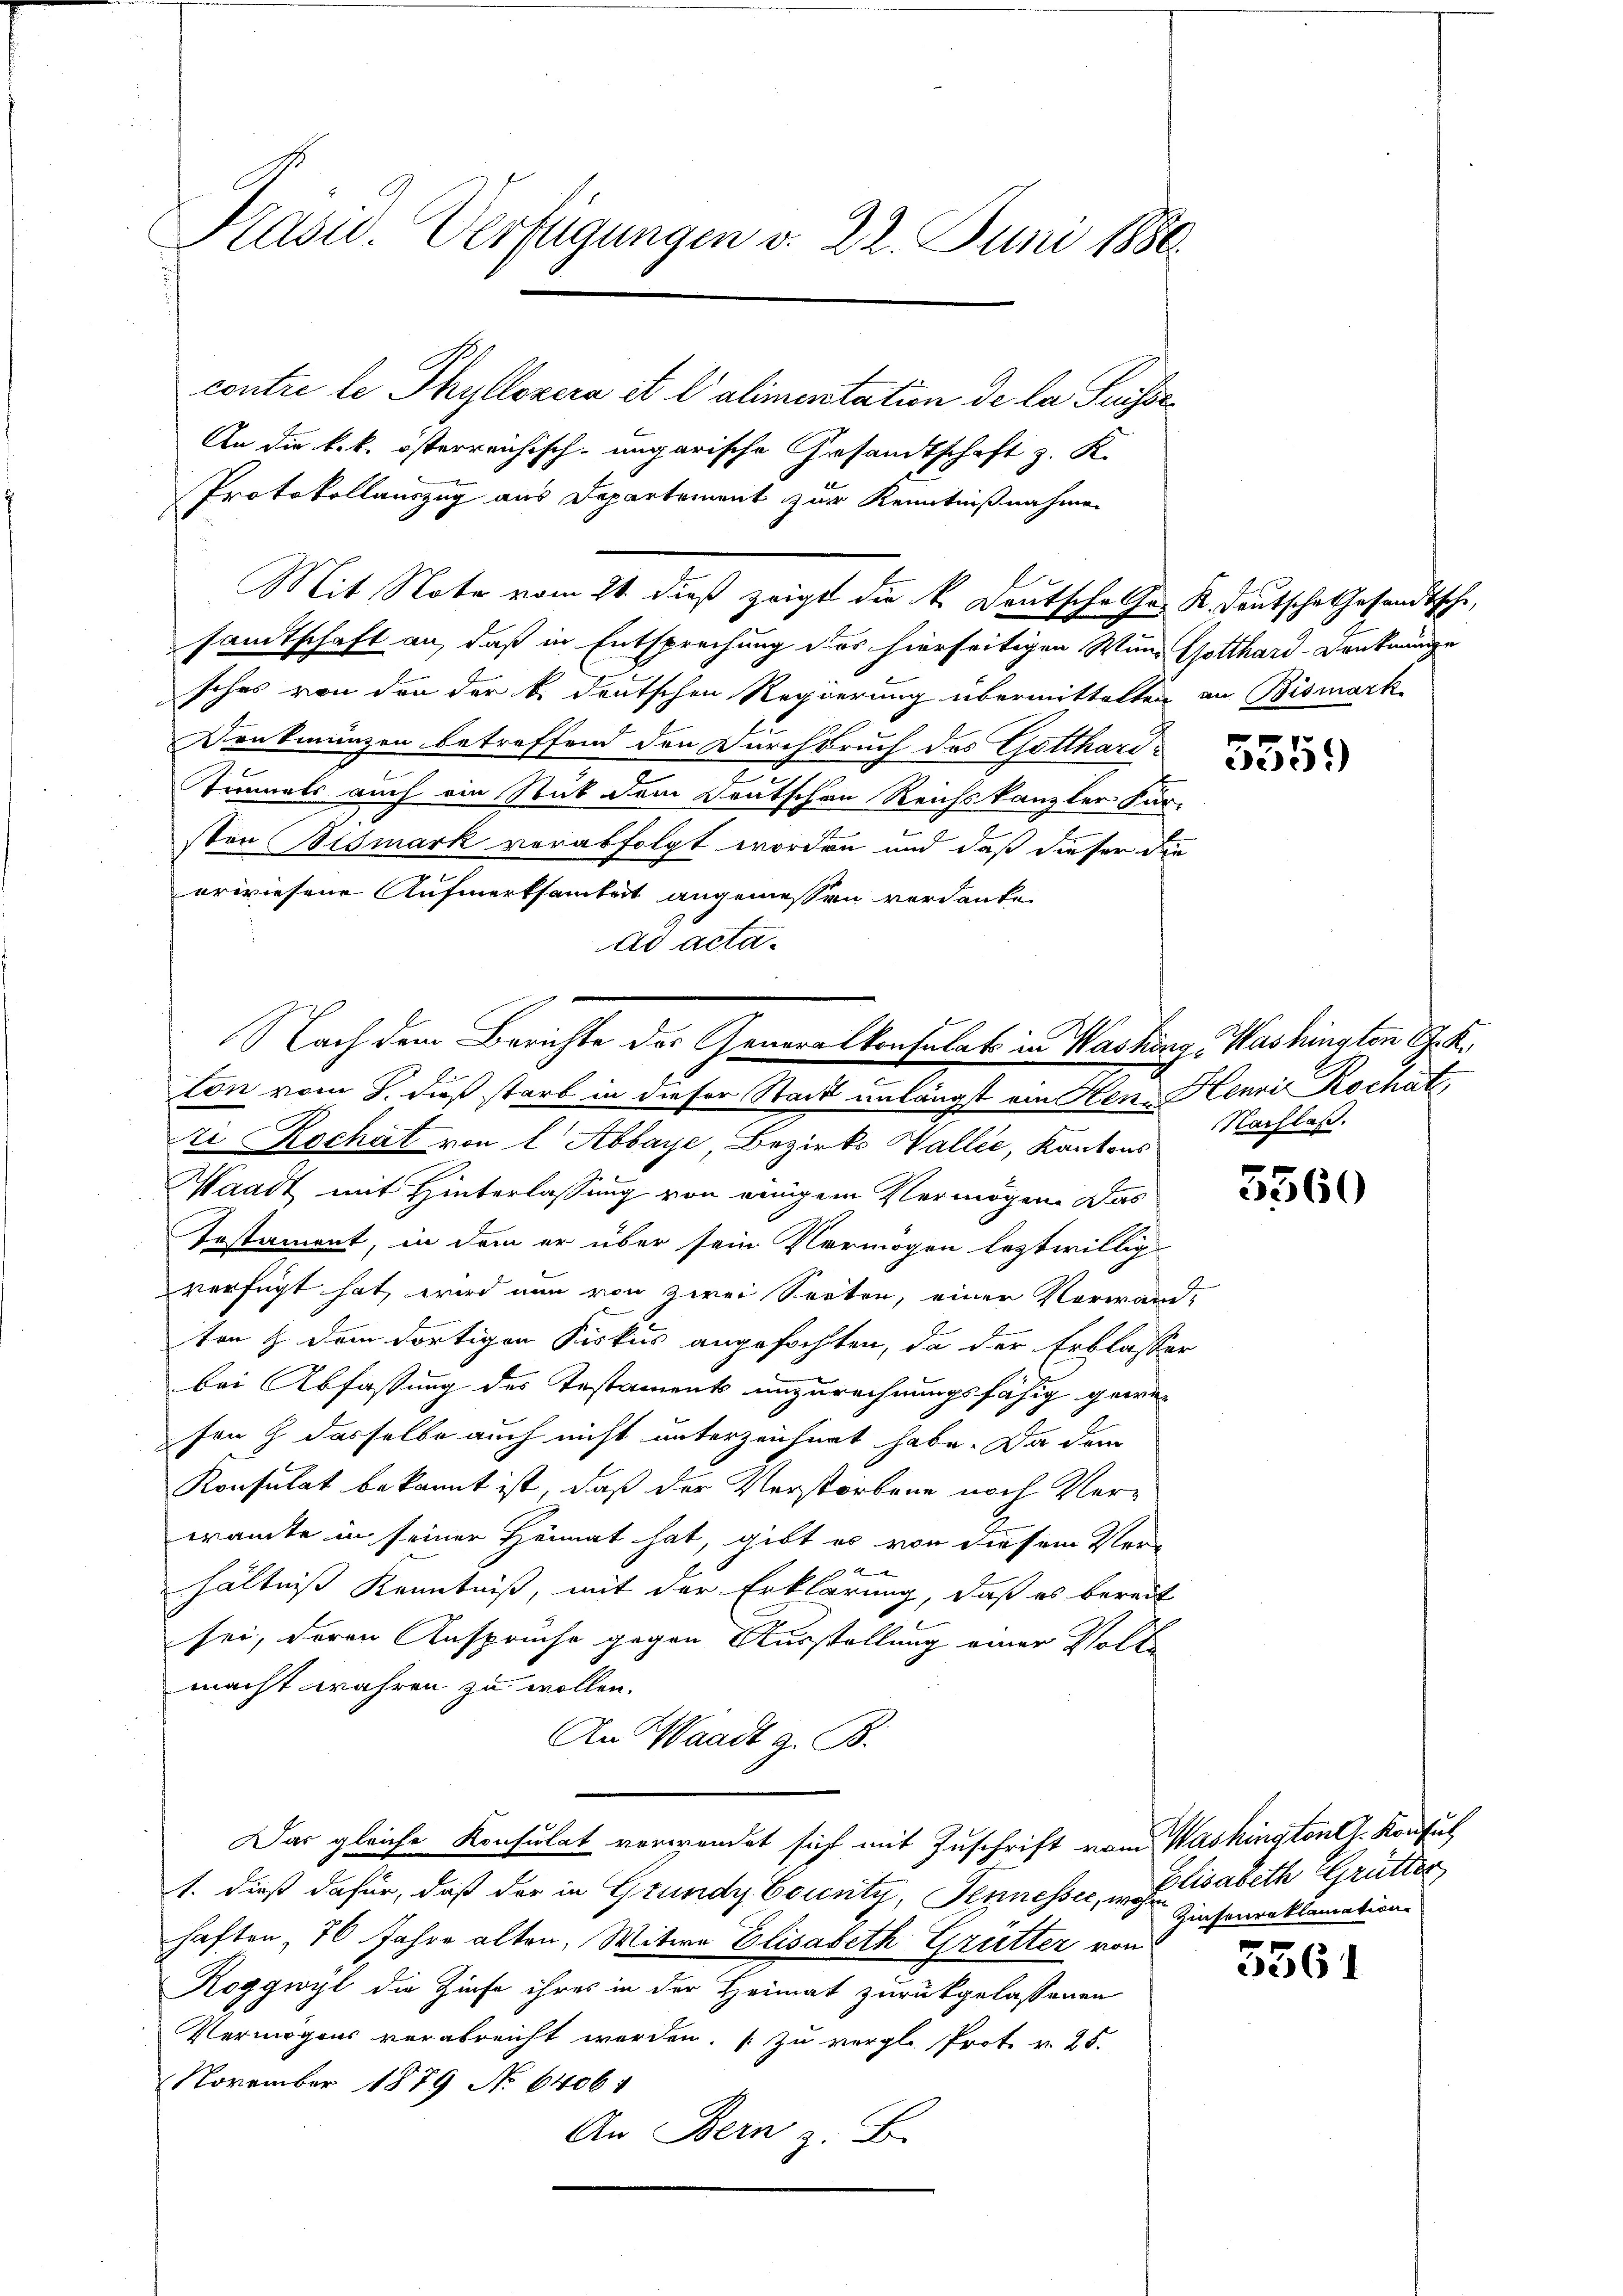
Kasu. Verfügungen v. 22. Juni 1880.
contre le Thyllovera et l’alimenstation de la Suisse
An die k.k. österreichisch-ungarische Gesandtschaft z. K.

Protokollauszug aus Departement zur Kenntnißnahme
sches von den der k. deutschen Regierung übermittelten an Bismark
Denkmünzen betreffend den Durchbruch des Gotthars¬
Tunnels auch ein Stut dem Deutschen Reichskanzler Für-
ston Bismark verabfolgt worden und daß dieser die
erwiesene Aufmerksamkeit angemessen verdanke.
ad acta.
E
ze Rochat von l Abbaye Bezirks Wallie, Kantons
Waadt mit Hinterlassung von einigem Vermögen. Das
Testament, in dem er über sein Vermögen leztwillig
verfügt hat, wird nun von zwei Seiten, einer Verwand-
ten & dem dortigen Fiskus angefochten, da der Erblasser
bei Abfassung des Testaments unzurechnungsfähig gewefen & dasselbe auch nicht unterzeichnet habe. Da dem
Konsulat bekannt ist, daß der Verstorbene noch Vereramte in seiner Heimat hat, gibt es von diesem Ver-

hältniß Kenntniß, mit der Erklärung, daß es bereit
sei, deren Ansprüche gegen Ausstellung einer Volke
macht wahren zu wollen.
An Waadt z. B.
Das gleiche Konsulat verwendet sich mit Zuschrift vom Washington lt. Konfus
1. dieß dafür, daß der in Grundy County, Sennesser, u. sabeth Grütter
haften, 76 Jahre alten, Witwe Elisabeth Grütter von
Roggwyl die Zinse ihres in der Heimat zurückgelassenen
Vermögens verabreicht werden. (zu vergl. Prote v. 25.
November 1879 No 6406 1
An Bern z. B.

Mit Note vom 21. dieß zeigt die k. Deutsche Chr. R. deutsche Gesandtsche,
samtschaft an, daß in Entsprechung des hierseitigen Wund Gotthard-Denkmunge

Nach dem Berichte der Generalkonsulats in Washing Washington G. K.
ton vom 8. daß starb in dieser Stack unlängst an Hen Henri Kochat,

5359

Nachlaß.

2
3560

Zinsenreklamation

5561